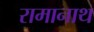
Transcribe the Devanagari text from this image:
रामानाथ